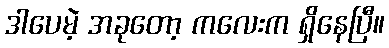
ဒါပေမဲ့ အခုတော့ ကလေးက ရှိနေပြီ။